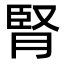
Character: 腎